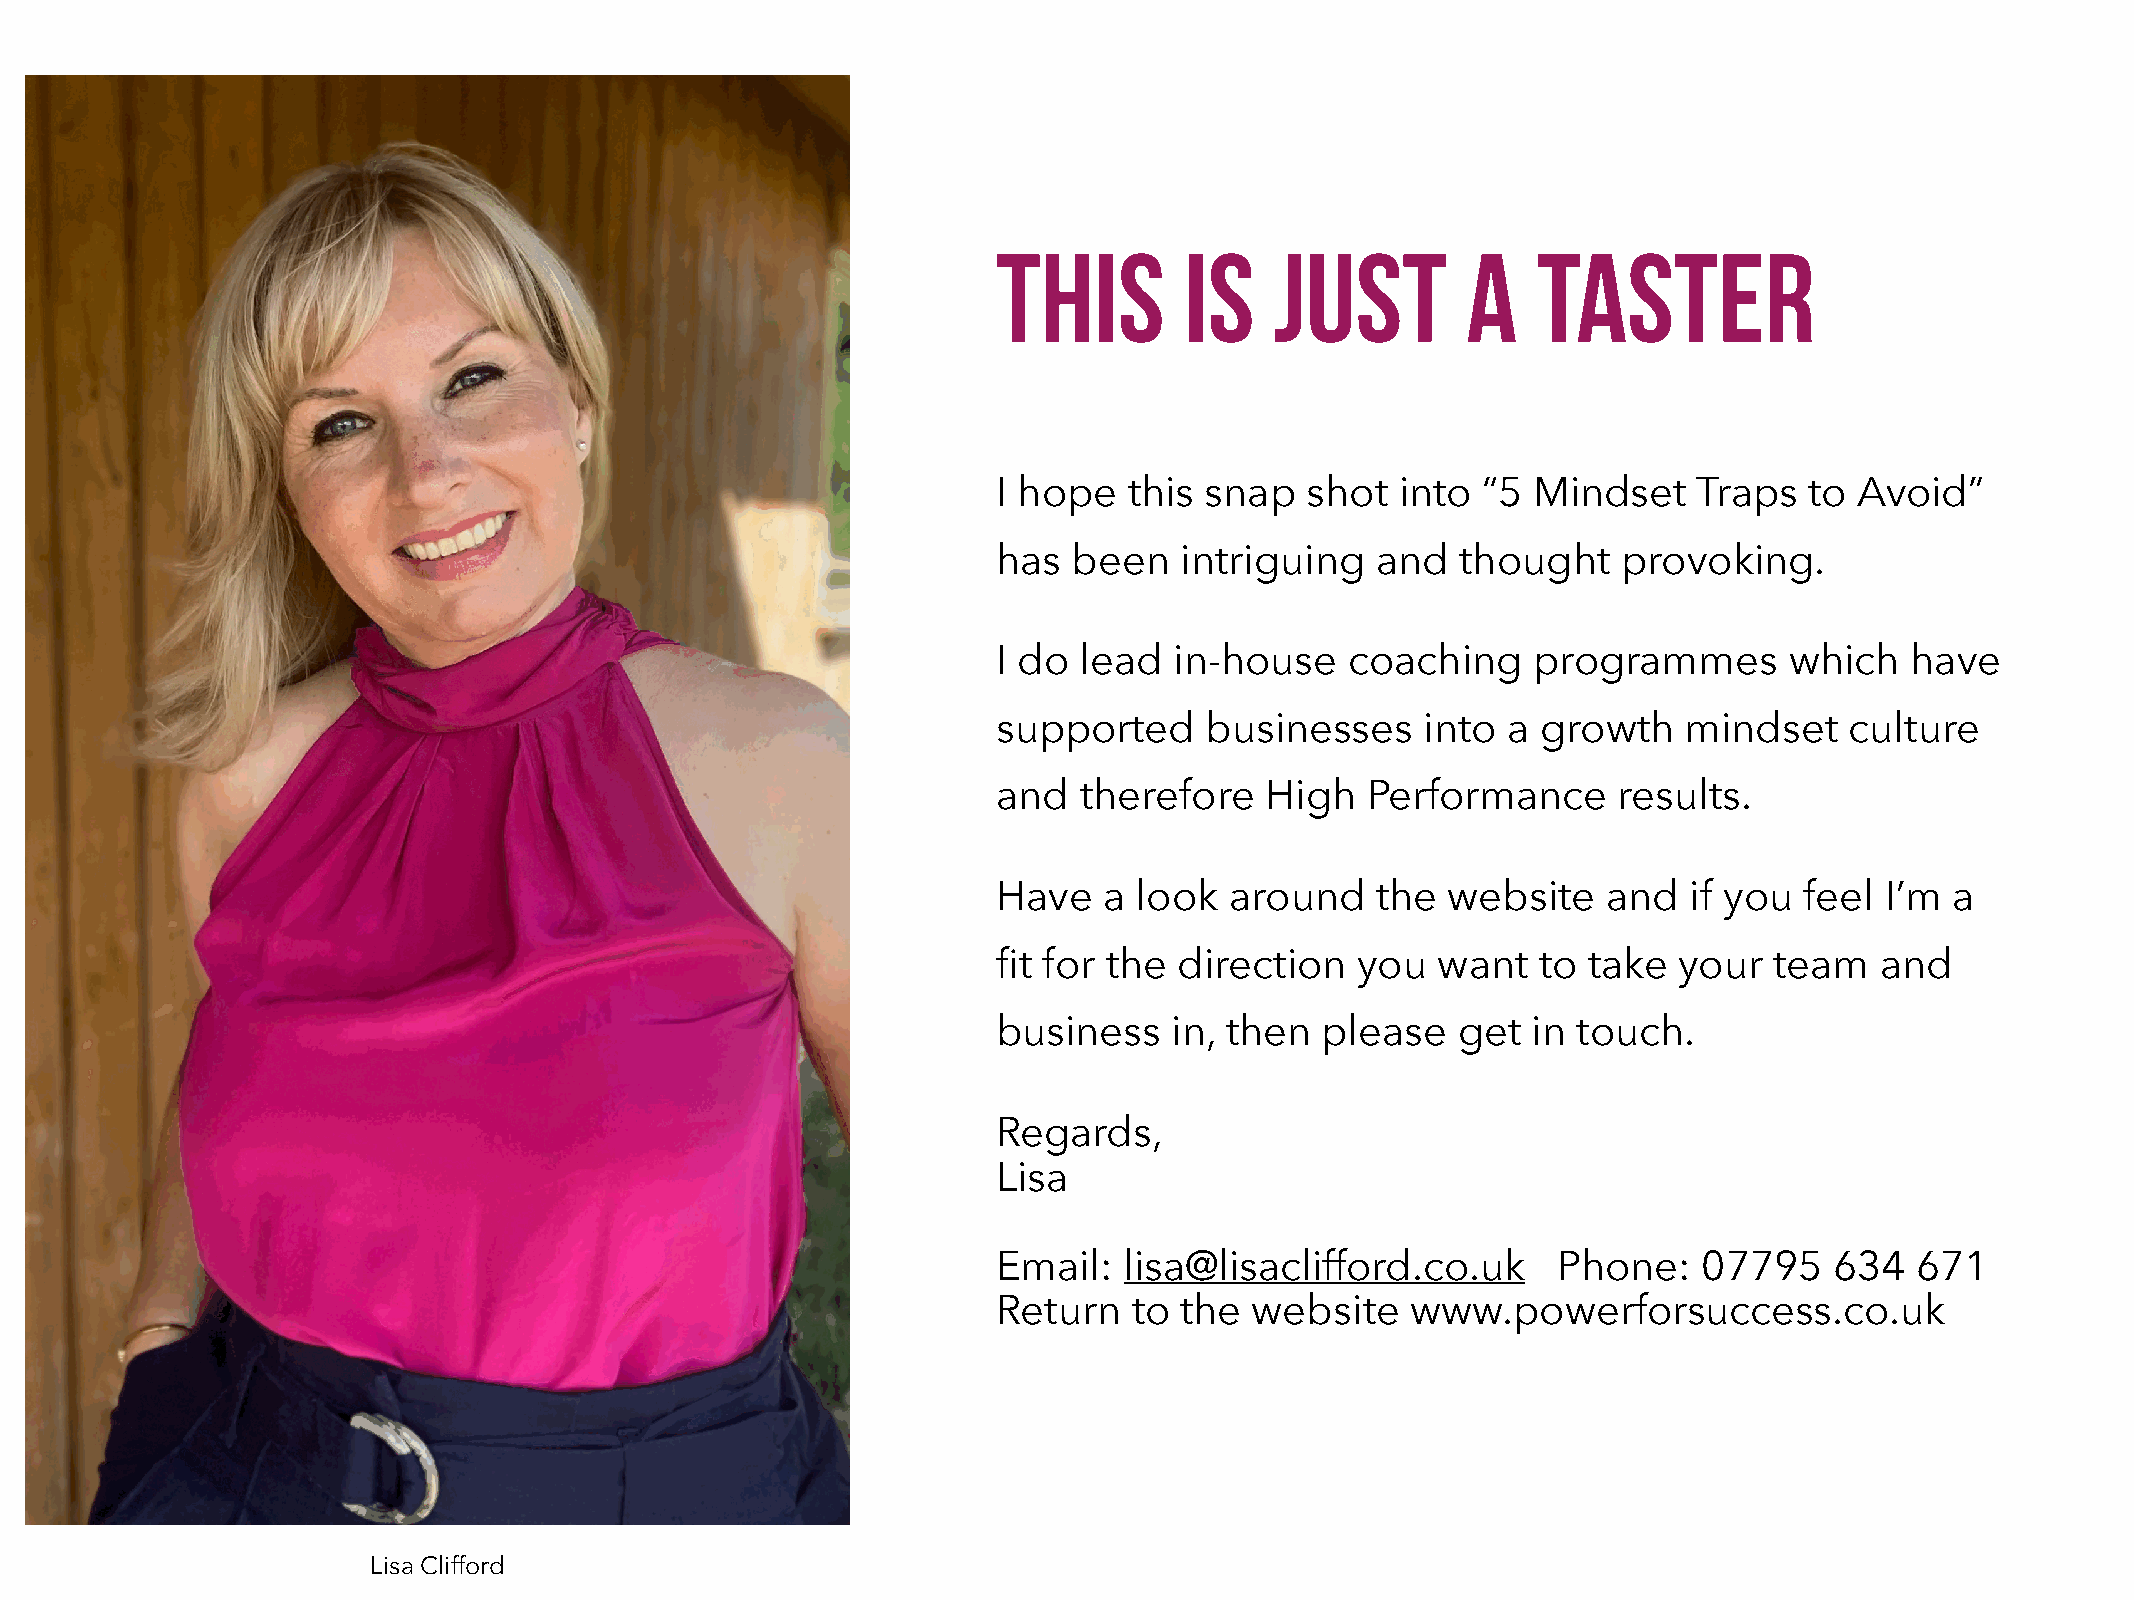
This        is    just         a    taster
 I hope   this snap  shot   into “5 Mindset    Traps   to Avoid”
 has  been   intriguing   and   thought   provoking.
 I do lead   in-house   coaching    programmes       which   have
 supported     businesses    into  a growth    mindset   culture
 and  therefore    High  Performance      results.
 Have   a look  around    the  website   and   if you feel  I’m a
 fit for the direction   you  want   to take  your  team   and
 business    in, then please   get  in touch.
 Regards,
 Lisa
 Email:  lisa@lisaclifford.co.uk      Phone:    07795   634   671
 Return   to the  website   www.powerforsuccess.co.uk
 Lisa Clifford